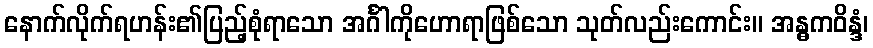
နောက်လိုက်ရဟန်း၏ပြည့်စုံရာသော အင်္ဂါကိုဟောရာဖြစ်သော သုတ်လည်းကောင်း။ အန္ဓကဝိန္ဒံ၊